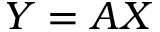
Y = A X